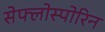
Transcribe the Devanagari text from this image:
सेफ्लोस्पोरिन